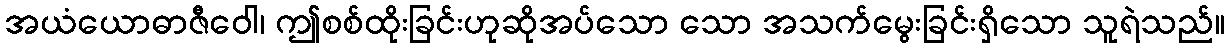
အယံယောဓာဇီဝေါ၊ ဤစစ်ထိုးခြင်းဟုဆိုအပ်သော သော အသက်မွေးခြင်းရှိသော သူရဲသည်။